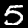
Digit: 5